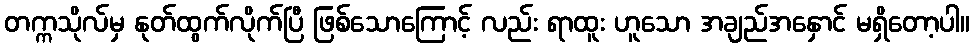
တက္ကသိုလ်မှ နုတ်ထွက်လိုက်ပြီ ဖြစ်သောကြောင့် လည်း ရာထူး ဟူသော အချည်အနှောင် မရှိတော့ပါ။